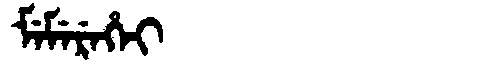
Manchu: ᠮᡝᠮᡝᡵᡝᡥᡝᡳ
Romanization: MEMEREHEI